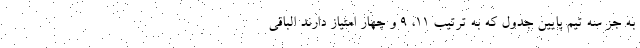
به جز سه تیم پایین جدول که به ترتیب ۱۱، ۹ و چهار امتیاز دارند الباقی